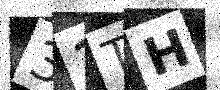
Text: 31TH